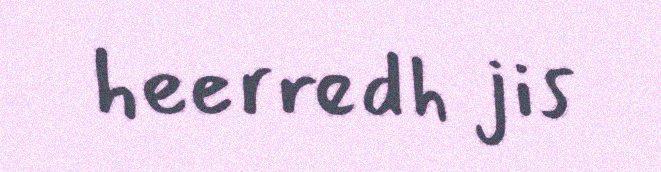
heerredh jis